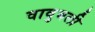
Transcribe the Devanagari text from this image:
वावुबली